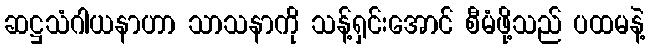
ဆဋ္ဌသံဂါယနာဟာ သာသနာကို သန့်ရှင်းအောင် စီမံဖို့သည် ပထမနဲ့